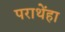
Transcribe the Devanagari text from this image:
पराथेंहा